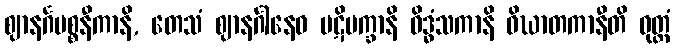
ဈာနင်္ဂပစ္စနီကာနိ, တေသံ ဈာနင်္ဂါနေဝ ပဋိပက္ခာနိ ဝိဒ္ဓံသကာနိ ဝိဃာတကာနီတိ ဝုတ္တံ